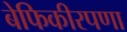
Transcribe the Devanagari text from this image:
बेफिकीरपणा